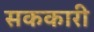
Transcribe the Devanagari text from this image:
सककारी